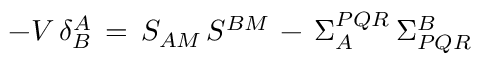
- { \cal V } \, \delta _ { B } ^ { A } \, = \, S _ { A M } \, S ^ { B M } \, - \, \Sigma _ { A } ^ { P Q R } \, \Sigma _ { P Q R } ^ { B }